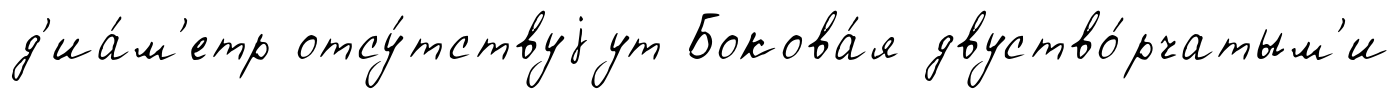
д'иа́м'етр отсу́тствуjут Бокова́я двуство́рчатым'и